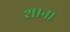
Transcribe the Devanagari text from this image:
शान।